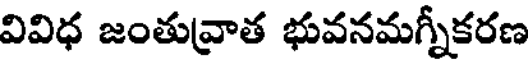
వివిధ జంతువ్రాత భువనమగ్నీకరణ